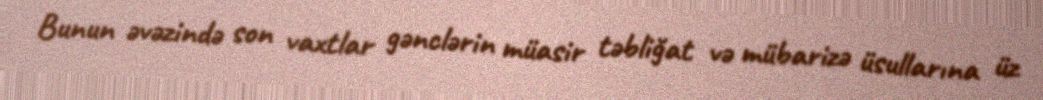
Bunun əvəzində son vaxtlar gənclərin müasir təbliğat və mübarizə üsullarına üz